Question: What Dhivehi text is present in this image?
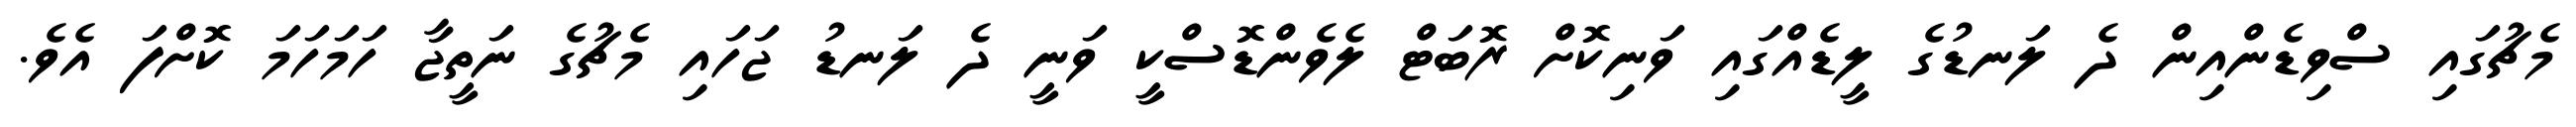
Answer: މެޗުގައި ސްވިޑެންއިން ދެ ލަނޑުގެ ލީޑެއްގައި ވަނިކޮށް ރޮބަޓް ލެވެންޑޮސްކީ ވަނީ ދެ ލަނޑު ޖަހައި މެޗުގެ ނަތީޖާ ހަމަހަމަ ކޮށްފަ އެވެ.